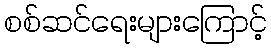
စစ်ဆင်ရေးများကြောင့်